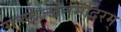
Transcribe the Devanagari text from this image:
गच्छेज्जैनमंदिरम्‌